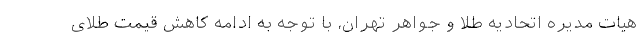
هیات مدیره اتحادیه طلا و جواهر تهران، با توجه به ادامه کاهش قیمت طلای